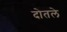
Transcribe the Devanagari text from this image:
दोतले